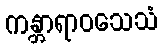
ကန္တာရာဝသေသံ